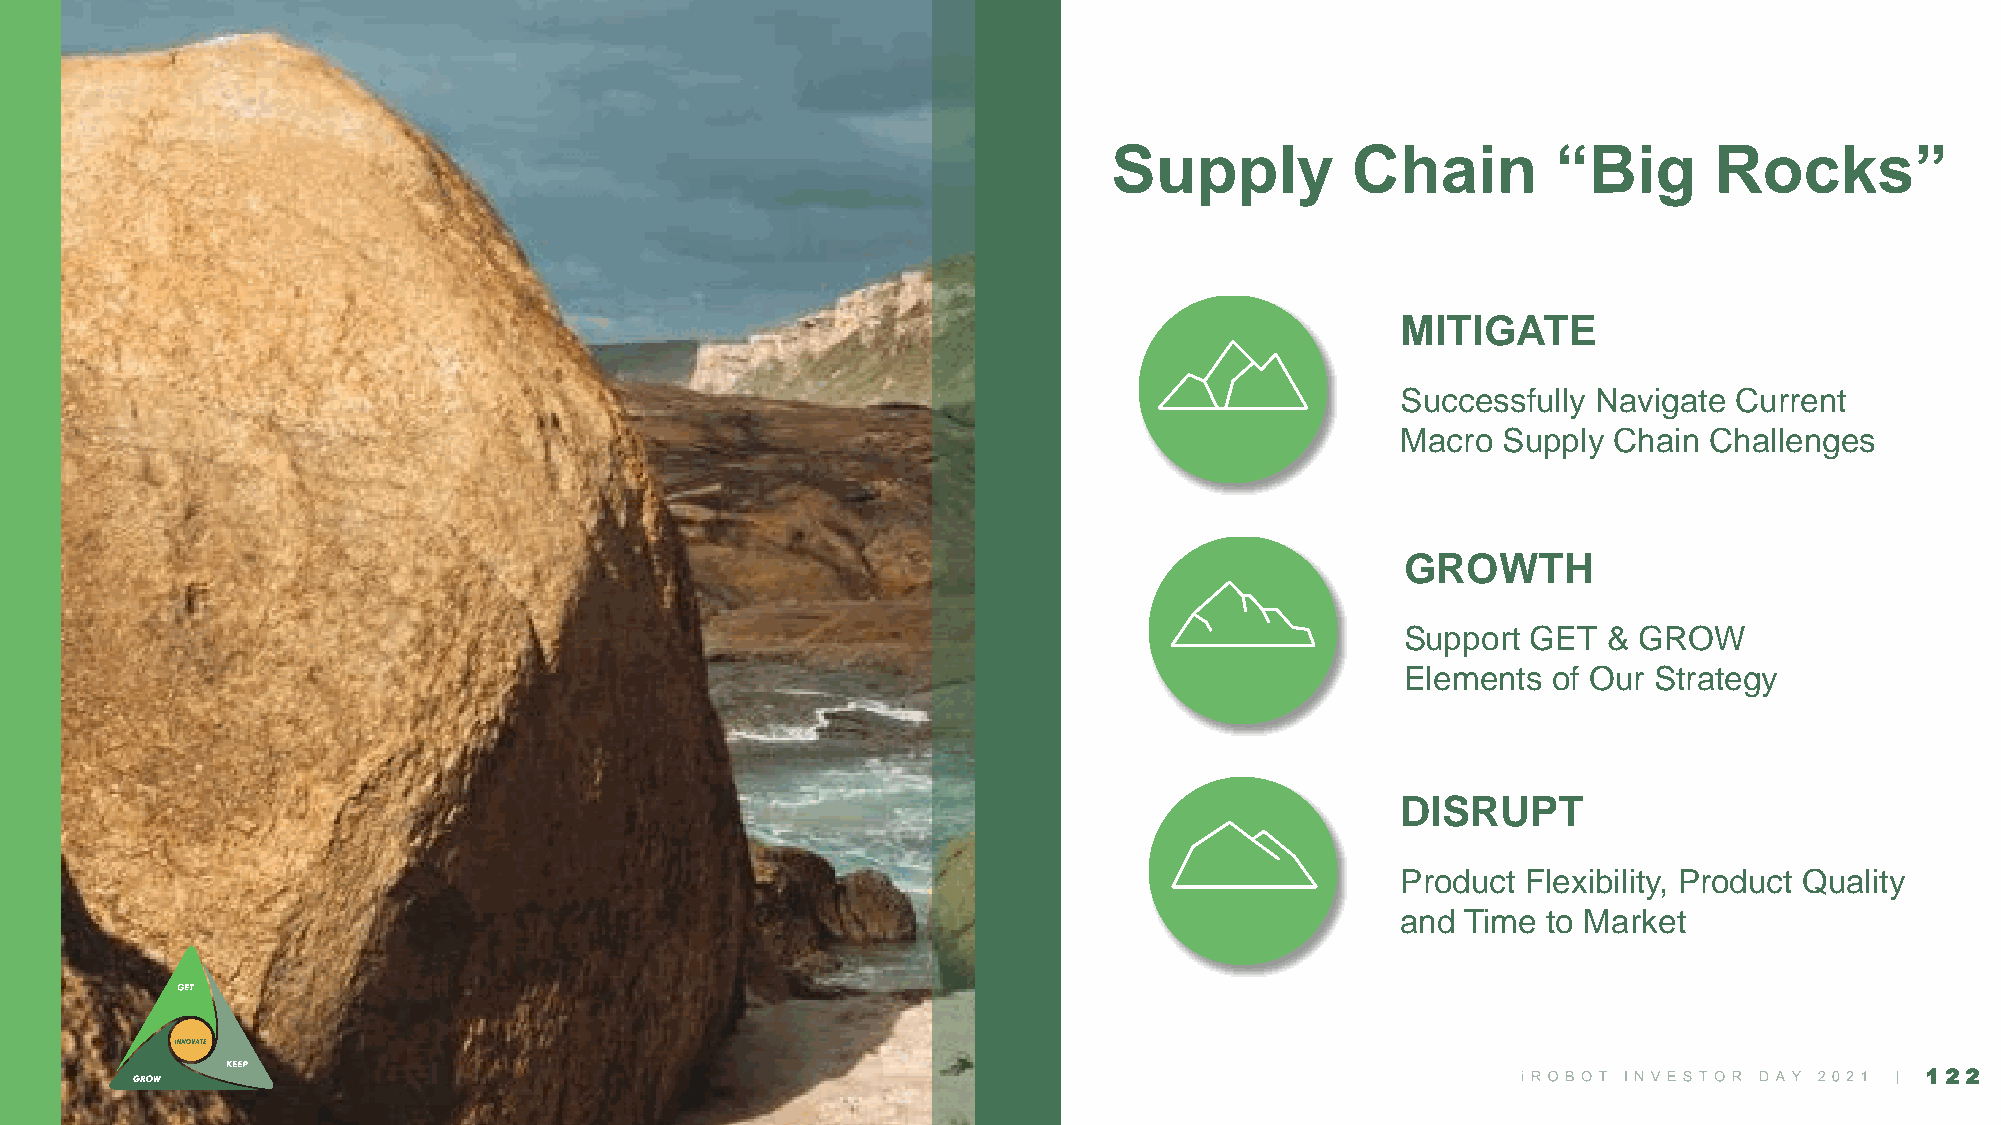
Supply         Chain         “Big      Rocks”
 MITIGATE
 Successfully Navigate Current
 Macro Supply  Chain Challenges
 GROWTH
 Support GET  & GROW
 Elements  of Our Strategy
 DISRUPT
 Product Flexibility, Product Quality
 and Time to Market
 122